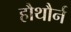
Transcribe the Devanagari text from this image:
हौथौर्न